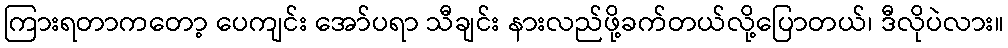
ကြားရတာကတော့ ပေကျင်း အော်ပရာ သီချင်း နားလည်ဖို့ခက်တယ်လို့ပြောတယ်၊ ဒီလိုပဲလား။